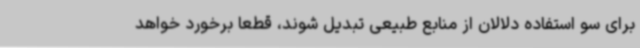
برای سو استفاده دلالان از منابع طبیعی تبدیل شوند، قطعا برخورد خواهد